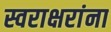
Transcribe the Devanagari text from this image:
स्वराक्षरांना